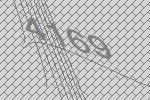
4169